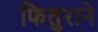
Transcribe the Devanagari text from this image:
फितुराने